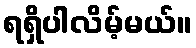
ရရှိပါလိမ့်မယ်။